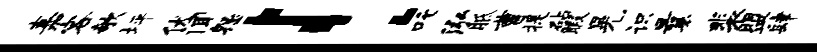
嘉客欹坪伏闻怨！吒泓胝曹提砧暇晃识曩裴盟肆